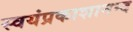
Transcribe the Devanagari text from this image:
स्वयंप्रकाशानन्द